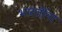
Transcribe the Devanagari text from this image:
भारतींना